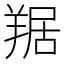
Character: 𦎠